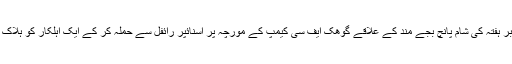
13 نومبر ہفتہ کی شام پانچ بجے مند کے علاقے گوھک ایف سی کیمپ کے مورچہ پر اسنائپر رائفل سے حملہ کر کے ایک اہلکار کو ہلاک کیا ہے۔